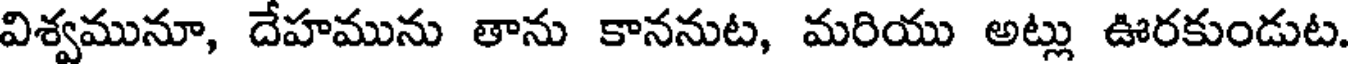
విశ్వమునూ, దేహమును తాను కాననుట, మరియు అట్లు ఊరకుండుట